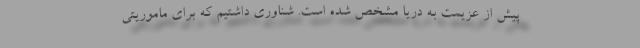
پیش از عزیمت به دریا مشخص شده است. شناوری داشتیم که برای ماموریتی